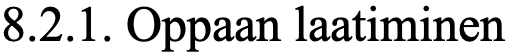
8.2.1. Oppaan laatiminen